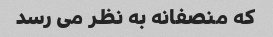
که منصفانه به نظر می رسد